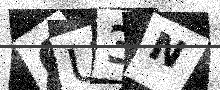
Text: 6U3N